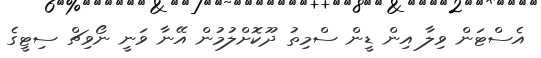
އެސްޓަން ވިލާ އިން ޑީން ސްމިތު ދޫކޮށްލުމުން އޭނާ ވަނީ ނޯވިޗް ސިޓީގެ